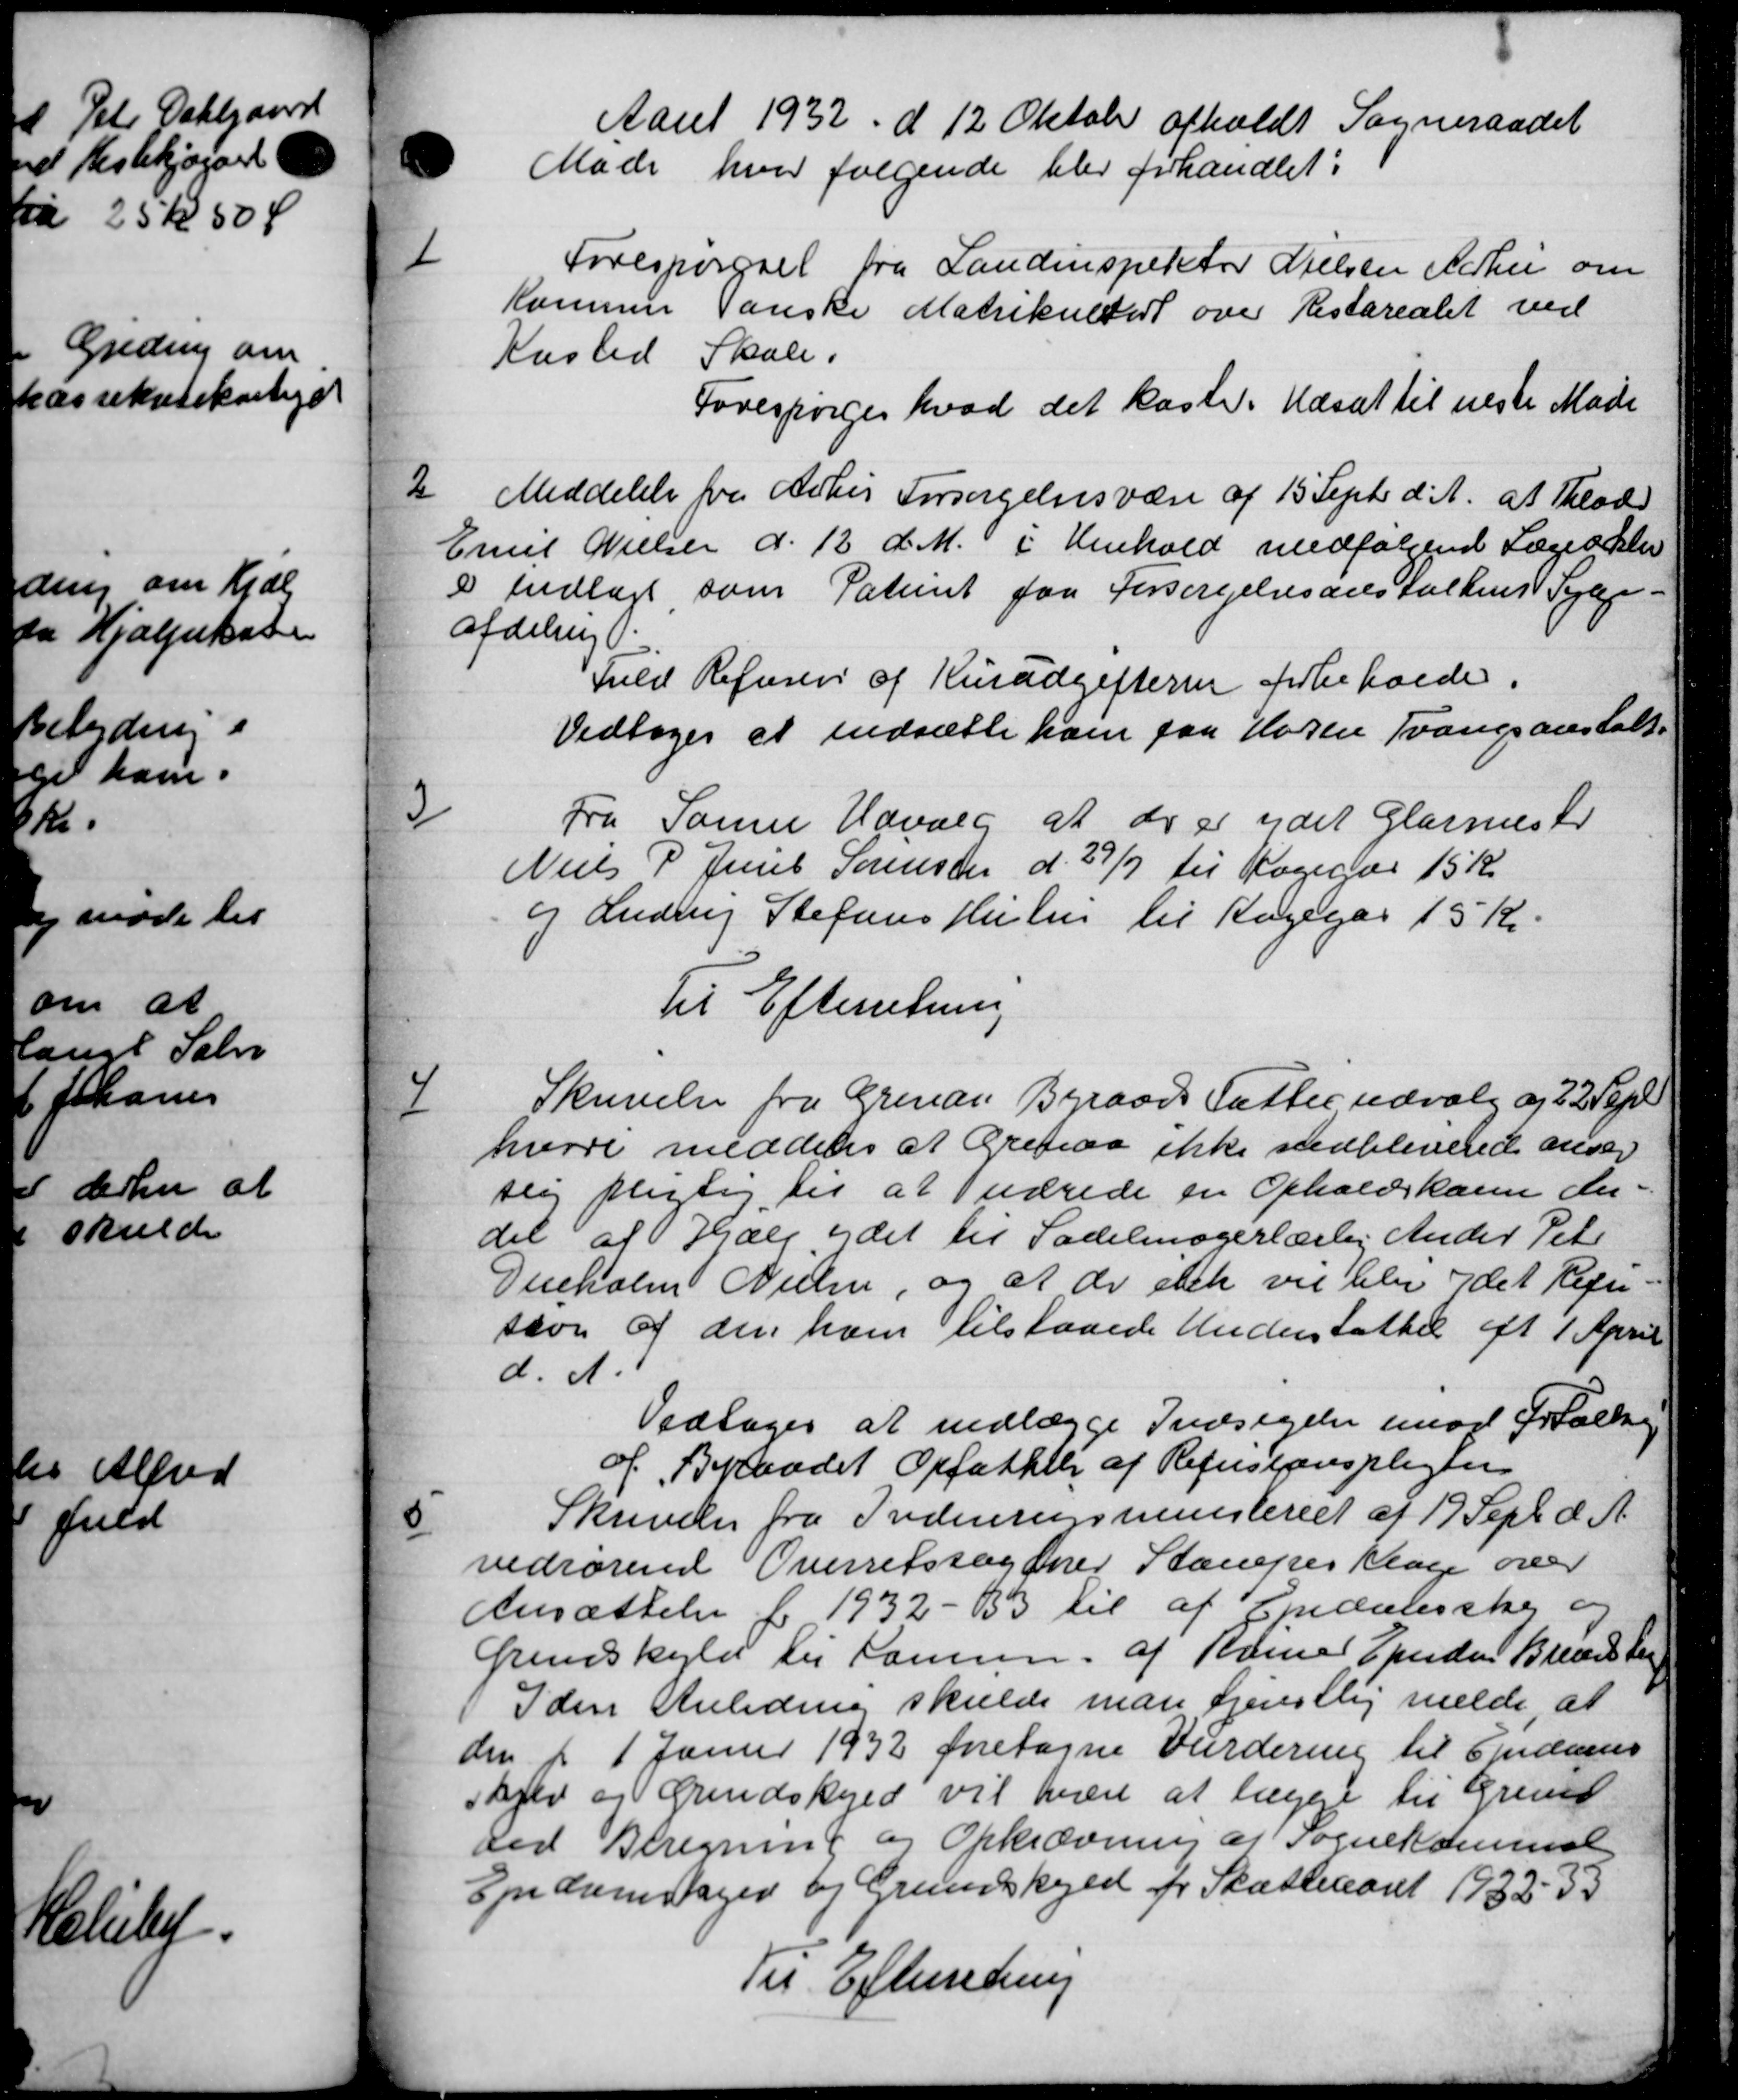
Transskription:
Aaret 1932 d 12 Oktober afholdt Sogneraadet
Møde hvor følgende blev forhandlet:
1
Forespørgsel fra Landinspektør Nielsen Aarhus om
Kommune Danske Matrikulsort over Restarealet ved
Skole.
Kasted
Forespørger hvad det kaste. Udsat til næste Møde
2
Meddelelse fra Arbej Forsørgelsesvære af 15 Septr d. A. at lad
Emil Nielsen d. 12 d. M. i Henhold medfølgende Lægerslev
 Indlagt som Patienet paa Forsørgelsesans Falkens Syge-
afdeling.
Fuld Refusion af Kusudgifterne forbeholde.
Vedtoges at nedsætte ham paa Høren Tvangsanstalt.
3
Fra Samme Udvalg at der er ydet Glarmestr
Niels P Juul Sørensen d. 27/7 til Kogegør 15 Kr
og Ludvig Stefans Huse til Kagegår 15 Kr.
Til Efterretning
4
Skrivelse fra Grenan Byraads fattes udvalg og 22 Sept
hvori meddeles at Grenaa ikke vedbleverede ansag
sig pligtig til at udrede en Opholdskasen der
del af Hjælp ydet til Sadelmagerlærlig Ander Peter
Denholm Nielsen, og at de elek vil blev det Regn-
sson af den ham tilstaaede Understøttel eft 1 April
d. A.
Vedtoges at nedlægge Indsigelse imod Fortælling
a Byraadet Opfattelse af Refusionspligte
5
Skrivelse fra Indenrigsministeriet af 19 Sept. d. A.
vedrørende Overretssagener Stamper Klage over
Ansættelse for 1932 - 133 til af Epidelssker og
Grenskyld til Sommen. af Romer Ejndom Brandsten
Iden Anledning skulde man tjenstlig melde, at
den d 1 Janur 1932 foretagne Vurdering til Ejendoms
Skjer og Grundskyld vil han at lægge til Grund
ved Beregning og Opkrævning af Sognekommel
Ejndomsager og Grundskyld for Skatteaaret 1932-33
Til Efterretning